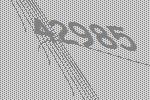
42985